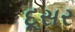
દૂસર